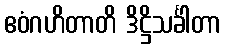
ဧဝံဂဟိတာတိ ဒိဋ္ဌိသင်္ခါတာ